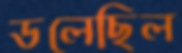
ডলেছিল